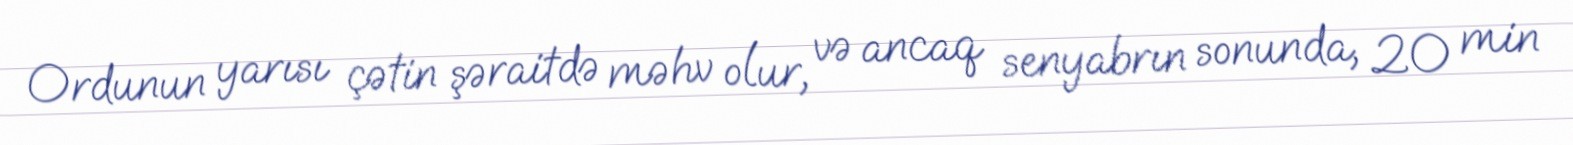
Ordunun yarısı çətin şəraitdə məhv olur, və ancaq senyabrın sonunda, 20 min